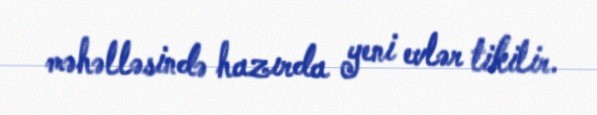
məhəlləsində hazırda yeni evlər tikilir.